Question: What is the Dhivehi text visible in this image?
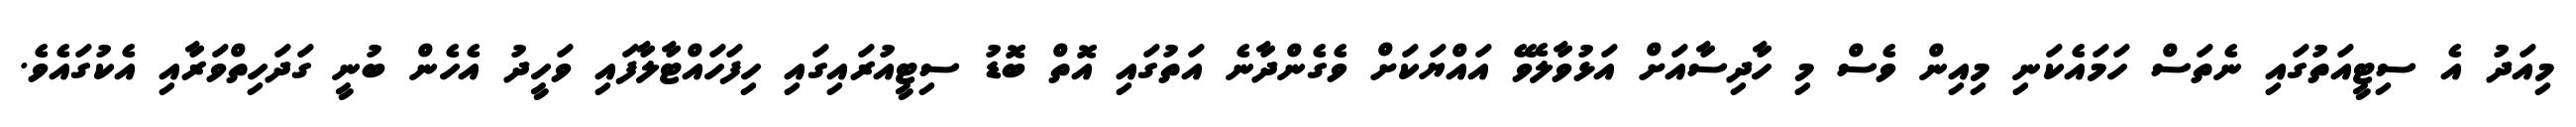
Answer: މިއަދު އެ ސިޓީއަތުގައި ނެތަސް ހަމައެކަނި މިއިން ވެސް މި ހާދިސާއަށް އަޅުވާލެވޭ އައްޔަކަށް ވެގެންދާނެ އަތުގައި އޮތް ބޮޑު ސިޓީއުރައިގައި ހިފަހައްޓާލާފައި ވަހީދު އެހެން ބުނީ ގަދަހިތްވަރާއި އެކުގައެވެ.